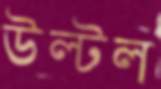
উল্‌টল